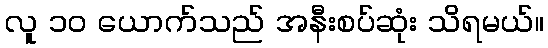
လူ ၁၀ ယောက်သည် အနီးစပ်ဆုံး သိရမယ်။